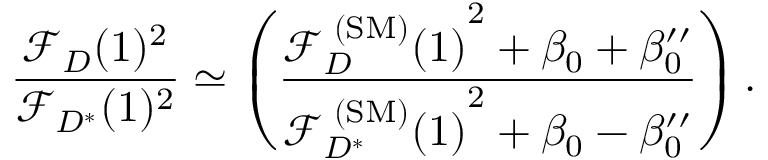
{ \frac { { \mathcal F } _ { D } ( 1 ) ^ { 2 } } { { \mathcal F } _ { D ^ { * } } ( 1 ) ^ { 2 } } } \simeq \left( { \frac { { { \mathcal F } _ { D } ^ { \mathrm { \tiny ~ ( S M ) } } ( 1 ) } ^ { 2 } + \beta _ { 0 } + \beta _ { 0 } ^ { \prime \prime } } { { { \mathcal F } _ { D ^ { * } } ^ { \mathrm { \tiny ~ ( S M ) } } ( 1 ) } ^ { 2 } + \beta _ { 0 } - \beta _ { 0 } ^ { \prime \prime } } } \right) .